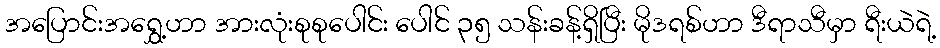
အပြောင်းအရွှေ့ဟာ အားလုံးစုစုပေါင်း ပေါင် ၃၅ သန်းခန့်ရှိပြီး မိုဒရစ်ဟာ ဒီရာသီမှာ ရီးယဲရဲ့